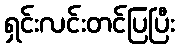
ရှင်းလင်းတင်ပြပြီး